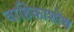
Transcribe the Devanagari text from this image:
वाहिकाशोथ